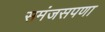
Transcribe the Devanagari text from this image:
समंजसपणा